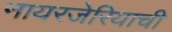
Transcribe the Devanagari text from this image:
नायरजेरियाची